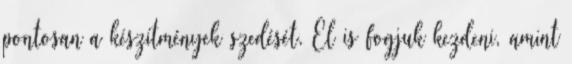
pontosan a készítmények szedését. El is fogjuk kezdeni, amint